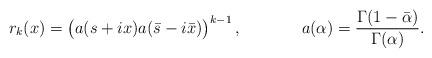
LaTeX: \begin{align*}r_k(x)=\big(a(s+ix) a(\bar s-i\bar x)\big)^{k-1}\,, && a(\alpha)=\frac{\Gamma(1-\bar\alpha)}{\Gamma(\alpha)}.\end{align*}